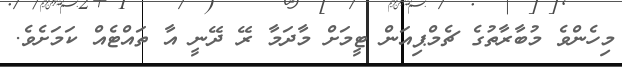
މިހެންވެ މުބާރާތުގެ ޗެމްޕިއަން ޓީމަށް މާދަމާ ރޭ ދޭނީ އާ ތައްޓެއް ކަމަށެވެ.